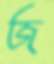
জ